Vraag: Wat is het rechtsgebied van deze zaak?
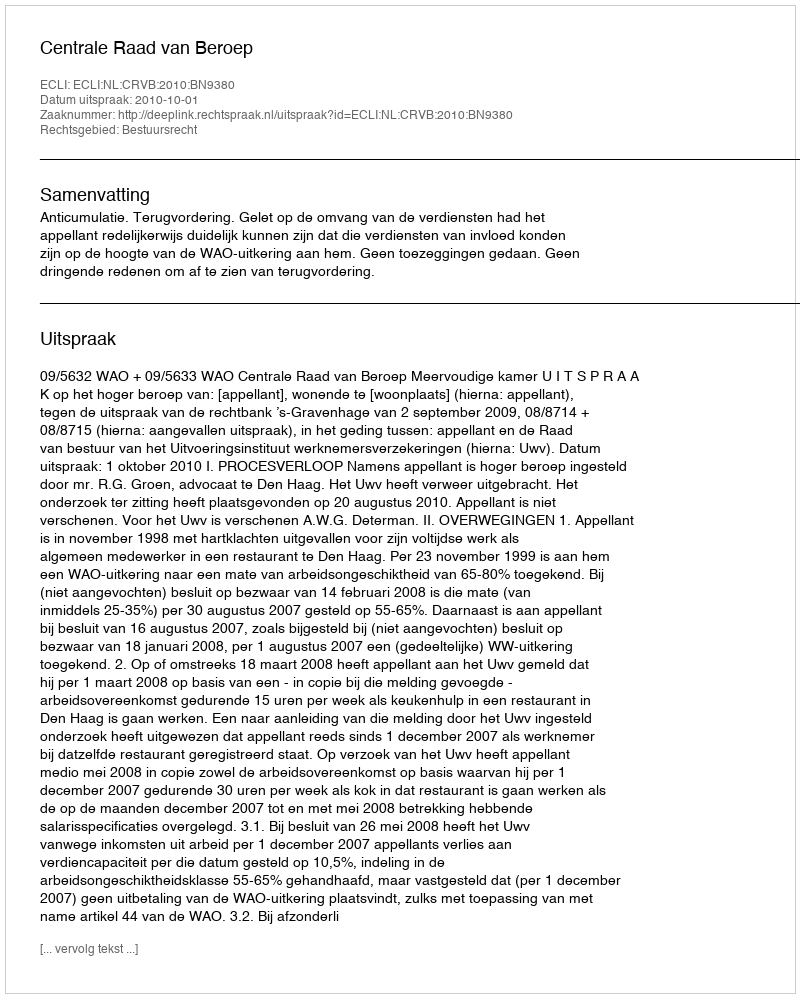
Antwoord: Bestuursrecht